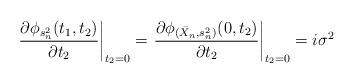
LaTeX: \begin{align*}\left. \frac{ \partial \phi_{s_n^2}(t_1, t_2) }{\partial t_2} \right|_{t_2=0} & =\left. \frac{ \partial \phi_{(\bar X_n,s_n^2)}(0, t_2) }{\partial t_2} \right|_{t_2=0} =i \sigma^2\end{align*}